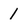
Character: 1